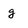
Character: g